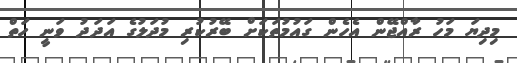
މިދިޔަ މަހު ރާއްޖޭން އެހެން ގައުމުތަކަށް ބޭރުކުރި މުދަލުގެ އަދަދު ވަނީ ހަތް